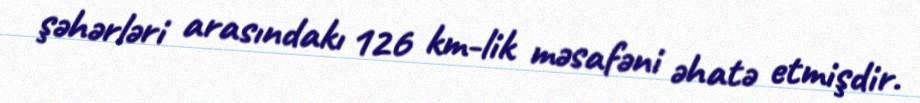
şəhərləri arasındakı 126 km-lik məsafəni əhatə etmişdir.